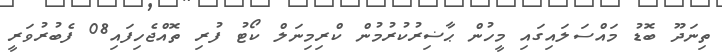
ތިނަދޫ ބޮޑު މައްސަލައިގައިި މީހުން ޙާޟިރުކުރުމުން ކްރިމިނަލް ކޯޓު ފުރި ތޮއްޖެހިފައި08 ފެބުރުވަރީ